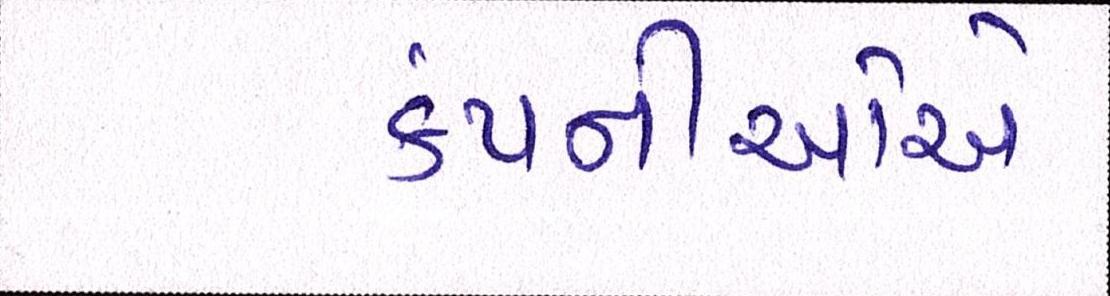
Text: કંપનીઓએ